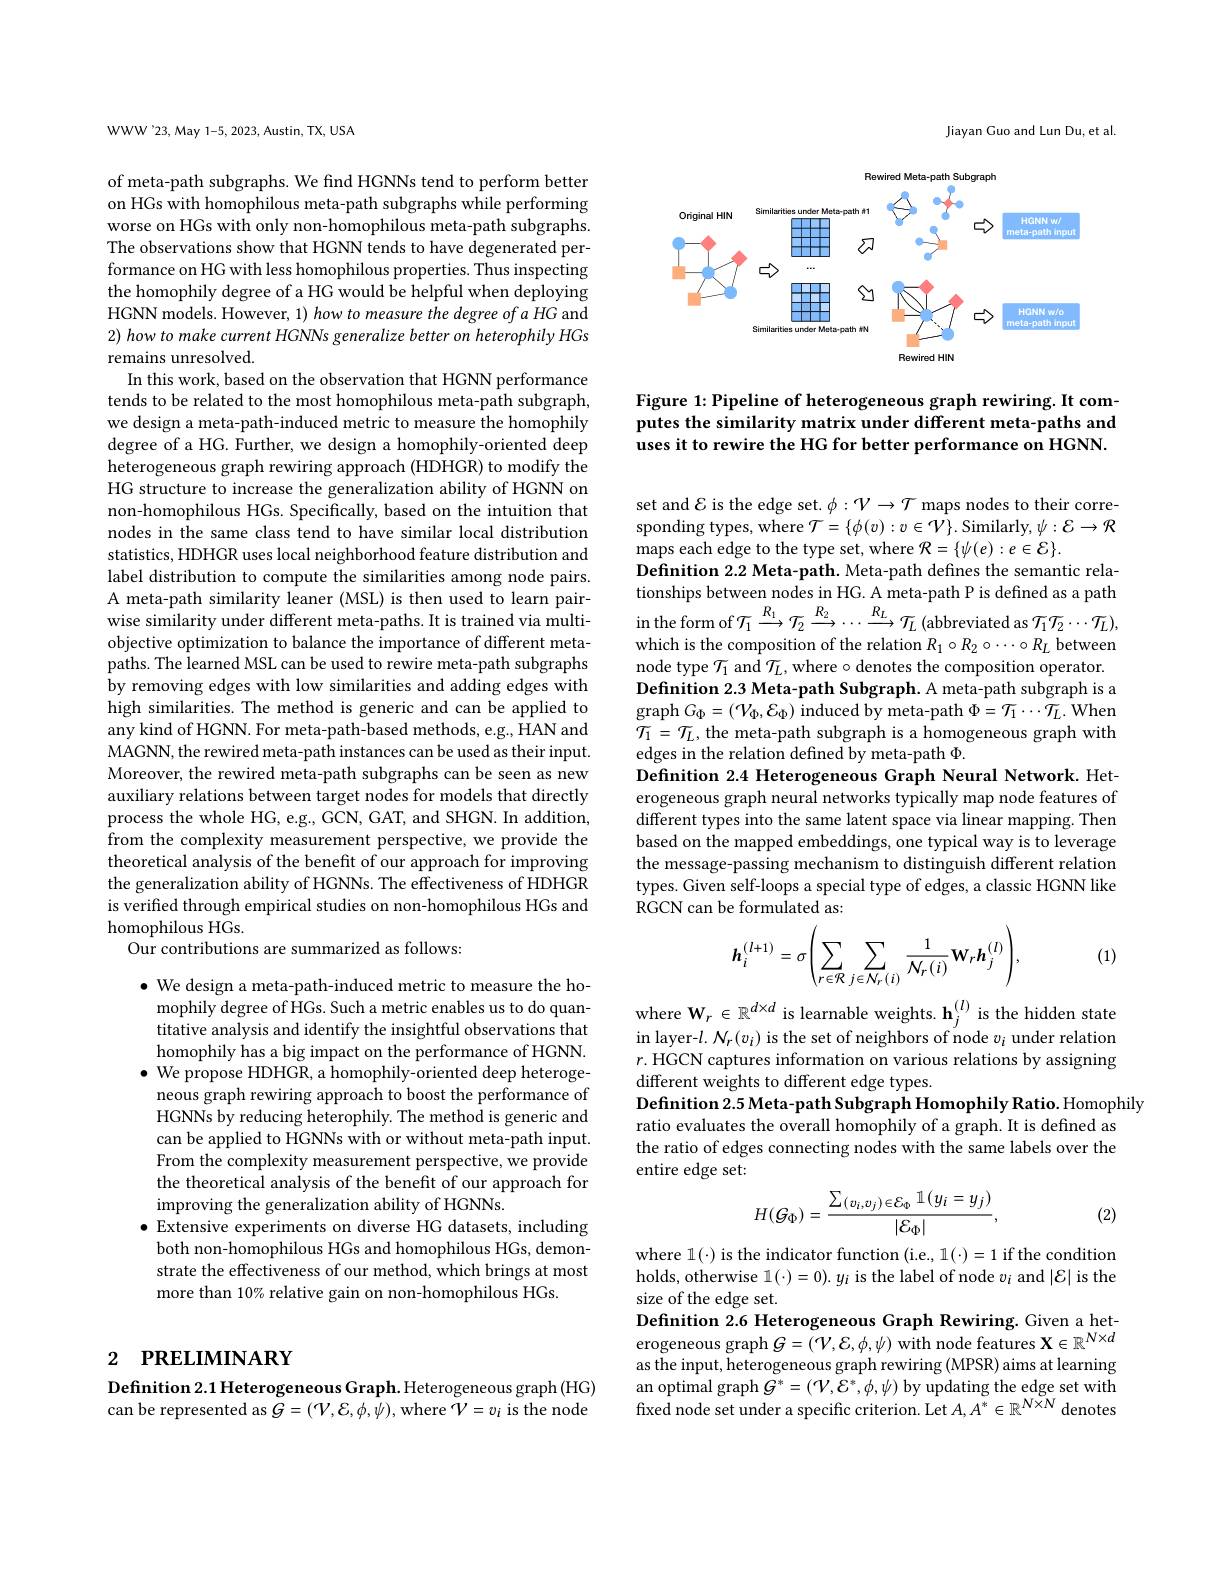
WWW'23, May 1-5, 2023, Austin, TX, USA

of meta-path subgraphs. We find HGNNs tend to perform better on HGs with homophilous meta-path subgraphs while performing worse on HGs with only non-homophilous meta-path subgraphs. The observations show that HGNN tends to have degenerated performance on HG with less homophilous properties. Thus inspecting the homophily degree of a HG would be helpful when deploying HGNN models. However, 1) how to measure the degree of a HG and 2) how to make current HGNNs generalize better on heterophily HGs remains unresolved.
In this work, based on the observation that HGNN performance tends to be related to the most homophilous meta-path subgraph, we design a meta-path-induced metric to measure the homophily degree of a HG. Further, we design a homophily-oriented deep heterogeneous graph rewiring approach (HDHGR) to modify the HG structure to increase the generalization ability of HGNN on non-homophilous HGs. Specifically, based on the intuition that nodes in the same class tend to have similar local distribution statistics, HDHGR uses local neighborhood feature distribution and label distribution to compute the similarities among node pairs. A meta-path similarity leaner (MSL) is then used to learn pairwise similarity under different meta-paths. It is trained via multiobjective optimization to balance the importance of different metapaths. The learned MSL can be used to rewire meta-path subgraphs by removing edges with low similarities and adding edges with high similarities. The method is generic and can be applied to any kind of HGNN. For meta-path-based methods, e.g., HAN and MAGNN, the rewired meta-path instances can be used as their input. Moreover, the rewired meta-path subgraphs can be seen as new auxiliary relations between target nodes for models that directly process the whole HG, e.g., GCN, GAT, and SHGN. In addition, from the complexity measurement perspective, we provide the theoretical analysis of the benefit of our approach for improving the generalization ability of HGNNs. The effectiveness of HDHGR is verified through empirical studies on non-homophilous HGs and homophilous HGs.
Our contributions are summarized as follows:
$\bullet$ We design a meta-path-induced metric to measure the ho-

mophily degree of HGs. Such a metric enables us to do quantitative analysis and identify the insightful observations that homophily has a big impact on the performance of HGNN. $\bullet$ We propose HDHGR, a homophily-oriented deep heterogeneous graph rewiring approach to boost the performance of HGNNs by reducing heterophily. The method is generic and can be applied to HGNNs with or without meta-path input. From the complexity measurement perspective, we provide the theoretical analysis of the benefit of our approach for improving the generalization ability of HGNNs.
$\bullet$ Extensive experiments on diverse HG datasets, including both non-homophilous HGs and homophilous HGs, demonstrate the effectiveness of our method, which brings at most more than 10% relative gain on non-homophilous HGs.

# 2 РRELIMINARY

Definition 2.1 Heterogeneous Graph. Heterogeneous graph (HG) can be represented as $G=(\mathcal V,\mathcal{E},\phi,\psi)$,where $\mathcal{V}=v_i$ is the node

Jiayan Guo and Lun Du, et al.

<FigureHere>

Figure 1: Pipeline of heterogeneous graph rewiring. It computes the similarity matrix under different meta-paths and uses it to rewire the HG for better performance on HGNN.

set and $\mathcal{E}$ is the edge set. $\phi:\mathcal{V}\to\mathcal{T}$ maps nodes to their corresponding types, where $\mathcal{T}=\{\phi(v):v\in\mathcal{V}\}.$ Similarly, $\psi:\mathcal{E}\to\mathcal{R}$ maps each edge to the type set, where $\mathcal{R}=\{\psi(e):e\in\mathcal{E}\}.$
Definition 2.2 Meta-path. Meta-path defines the semantic relationships between nodes in HG. A meta-path P is defined as a path in the form of $\mathcal{T}_1\xrightarrow{R_1}\mathcal{T}_2\xrightarrow{R_2}\cdots\xrightarrow{R_L}\mathcal{T}_L$ (abbreviated as $\mathcal{T}_1\mathcal{T}_2\cdots\mathcal{T}_L)$, which is the composition of the relation $R_1\circ R_2\circ\cdots\circ R_L$ between node type $\mathcal{T}_1$ and $\mathcal{T}_L$,where $\circ$ denotes the composition operator. Definition 2.3 Meta-path Subgraph. A meta-path subgraph is a $\operatorname{graph}G_{\Phi}=\left(\mathcal{V}_{\Phi},\mathcal{E}_{\Phi}\right)\operatorname{induced}$by meta-path$\Phi=\mathcal{T}_1\cdots\mathcal{T}_L.$When $\mathcal{T}_{1}=\mathcal{T}_{L}$, the meta-path subgraph is a homogeneous graph with edges in the relation defined by meta-path $\Phi.$
Definition 2.4 Heterogeneous Graph Neural Network. Heterogeneous graph neural networks typically map node features of different types into the same latent space via linear mapping. Then based on the mapped embeddings, one typical way is to leverage the message-passing mechanism to distinguish different relation types. Given self-loops a special type of edges, a classic HGNN like RGCN can be formulated as:
$$\boldsymbol{h}_{i}^{(l+1)}=\sigma\Bigg(\sum_{r\in\mathcal{R}}\sum_{j\in\mathcal{N}_{r}(i)}\frac{1}{\mathcal{N}_{r}(i)}\mathbf{W}_{r}\boldsymbol{h}_{j}^{(l)}\Bigg),$$
(1)

$\begin{array}{l}\mathrm{where~W_{r}\in\mathbb{R}^{d\times d}~is~learnable~weights.~h_{j}^{(l)}~is~the~hidden~state}\\\mathrm{in~layer-}l.~N_{r}(v_{i})~\mathrm{is~the~set~of~neighbors~of~node~}v_{i}~\mathrm{under~relation}\end{array}$ $r.$ HGCN captures information on various relations by assigning different weights to different edge types.
Definition 2.5 Meta-path Subgraph Homophily Ratio. Homophily
ratio evaluates the overall homophily of a graph. It is defined as the ratio of edges connecting nodes with the same labels over the entire edge set:
$$H(\mathcal{G}_{\Phi})=\frac{\sum_{(v_i,v_j)\in\mathcal{E}_{\Phi}}\mathbb{1}(y_i=y_j)}{|\mathcal{E}_{\Phi}|},$$
(2)

where l(·) is the indicator function (i.e., 1(·)=1 if the condition holds, otherwise $1(\cdot)=0).y_{i}$ is the label of node $v_i$ and $|\mathcal{E}|$ is the size of the edge set.
Definition 2.6 Heterogeneous Graph Rewiring. Given a heterogeneous graph $G=(\mathcal V,\mathcal{E},\phi,\psi)$ with node features $\mathbf{X}\in\mathbb{R}^N\times d$ as the input, heterogeneous graph rewiring (MPSR) aims at learning an optimal graph $G^*=(\mathcal V,\mathcal{E}^*,\phi,\psi)$ by updating the edge set with fixed node set under a specific criterion. Let $A,A^*\in\mathbb{R}^{N\times N}$ denotes